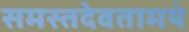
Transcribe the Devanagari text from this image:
समस्तदेवतामयं